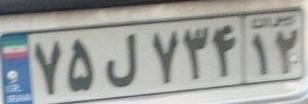
۷۵ل۷۳۴۱۲